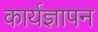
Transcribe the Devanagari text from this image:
कार्यज्ञापन